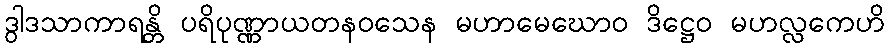
ဒွါဒသာကာရန္တိ ပရိပုဏ္ဏာယတနဝသေန မဟာမေဃောဝ ဒိဋ္ဌေဝ မဟလ္လကေဟိ